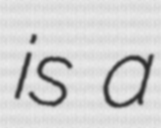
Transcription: is a